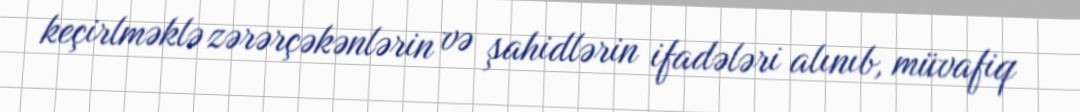
keçirlməklə zərərçəkənlərin və şahidlərin ifadələri alınıb, müvafiq